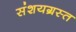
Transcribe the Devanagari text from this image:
संशयग्रस्त